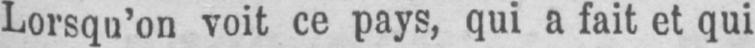
Lorsqu’on voit ce pays, qui a fait et qui